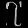
Digit: ၇